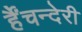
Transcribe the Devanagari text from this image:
र्हैंचन्देरी